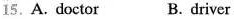
15.A. Doctor B. driver